Rangoon Lunatic Asylum 1878-1892 - 1878-1892
Year: 1878
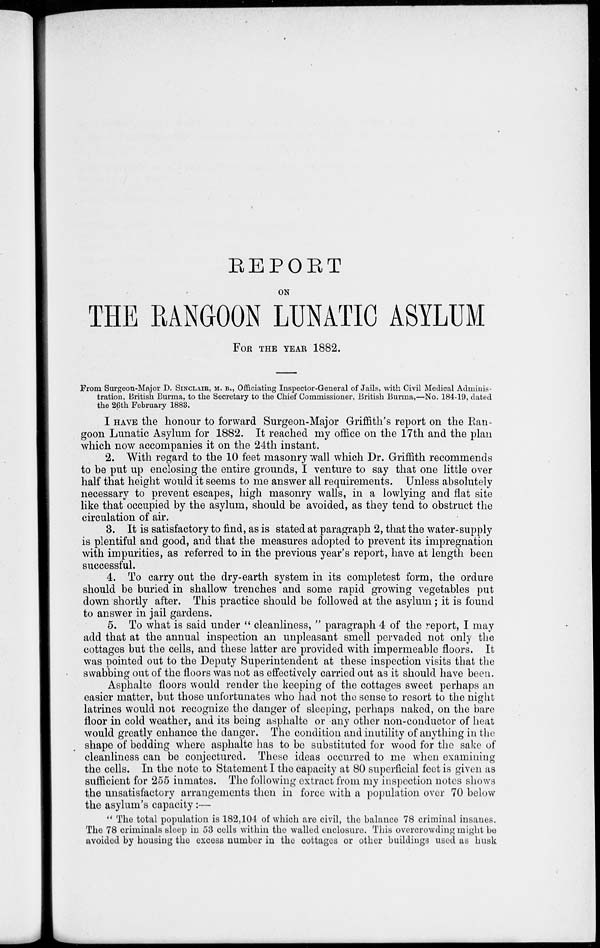
REPORT
ON
THE RANGOON LUNATIC ASYLUM
FOR THE YEAR 1882.
From Surgeon-Major D. SINCLAIR, M. B., Officiating Inspector-General of Jails, with Civil Medical Adminis-
tration, British Burma, to the Secretary to the Chief Commissioner, British Burma,—No. 184-19, dated
the 26th February 1883.
I HAVE the honour to forward Surgeon-Major Griffith's report on the Ran-
goon Lunatic Asylum for 1882. It reached my office on the 17th and the plan
which now accompanies it on the 24th instant.
2. With regard to the 10 feet masonry wall which Dr. Griffith recommends
to be put up enclosing the entire grounds, I venture to say that one little over
half that height would it seems to me answer all requirements. Unless absolutely
necessary to prevent escapes, high masonry walls, in a lowlying and flat site
like that occupied by the asylum, should be avoided, as they tend to obstruct the
circulation of air.
3. It is satisfactory to find, as is stated at paragraph 2, that the water-supply
is plentiful and good, and that the measures adopted to prevent its impregnation
with impurities, as referred to in the previous year's report, have at length been
successful.
4. To carry out the dry-earth system in its completest form, the ordure
should be buried in shallow trenches and some rapid growing vegetables put
down shortly after. This practice should be followed at the asylum ; it is found
to answer in jail gardens.
5. To what is said under " cleanliness, " paragraph 4 of the report, I may
add that at the annual inspection an unpleasant smell pervaded not only the
cottages but the cells, and these latter are provided with impermeable floors. It
was pointed out to the Deputy Superintendent at these inspection visits that the
swabbing out of the floors was not as effectively carried out as it should have been.
Asphalte floors would render the keeping of the cottages sweet perhaps an
easier matter, but those unfortunates who had not the sense to resort to the night
latrines would not recognize the danger of sleeping, perhaps naked, on the bare
floor in cold weather, and its being asphalte or any other non-conductor of heat
would greatly enhance the danger. The condition and inutility of anything in the
shape of bedding where asphalte has to be substituted for wood for the sake of
cleanliness can be conjectured. These ideas occurred to me when examining
the cells. In the note to Statement I the capacity at 80 superficial feet is given as
sufficient for 255 inmates. The following extract from my inspection notes shows
the unsatisfactory arrangements then in force with a population over 70 below
the asylum's capacity:—
" The total population is 182,104 of which are civil, the balance 78 criminal insanes.
The 78 criminals sleep in 53 cells within the walled enclosure. This overcrowding might be
avoided by housing the excess number in the cottages or other buildings used as husk